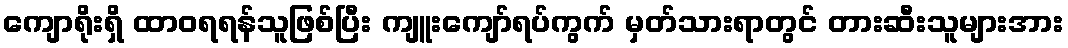
ကျောရိုးရှိ ထာဝရရန်သူဖြစ်ပြီး ကျူးကျော်ရပ်ကွက် မှတ်သားရာတွင် တားဆီးသူများအား